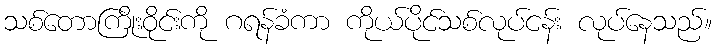
သစ်တောကြိုးဝိုင်းကို ဂရန်ခံကာ ကိုယ်ပိုင်သစ်လုပ်ငန်း လုပ်နေသည်။